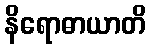
နိရောဓာယာတိ